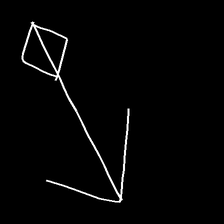
Glyph: focus